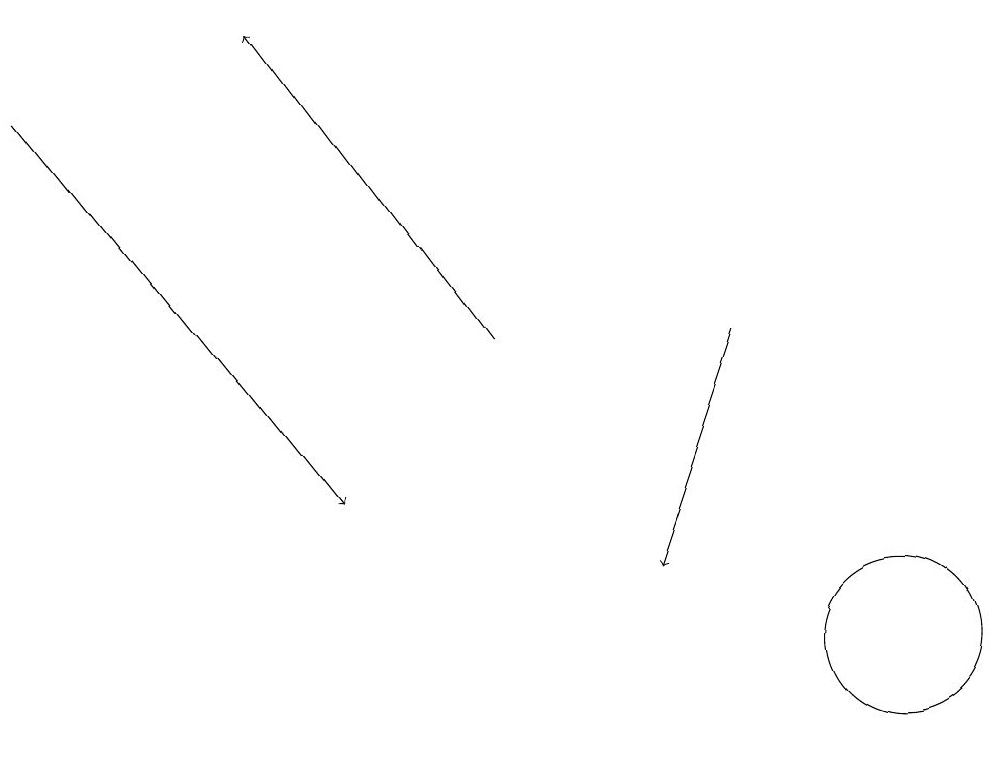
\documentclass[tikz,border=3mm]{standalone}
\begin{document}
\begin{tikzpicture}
\draw[->] (0,17) -- (4,12);
\draw[->] (9,14) -- (8,11);
\draw[->] (6,14) -- (3,18);
\draw (11,10) circle (1);
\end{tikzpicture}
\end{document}